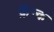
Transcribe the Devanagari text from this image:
फ्रॅन्क